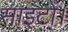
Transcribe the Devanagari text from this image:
साइटों।